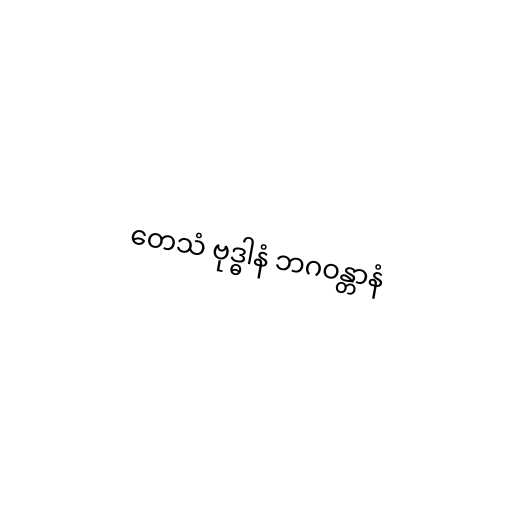
တေသံ ဗုဒ္ဓါနံ ဘဂဝန္တာနံ